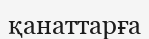
қанаттарға